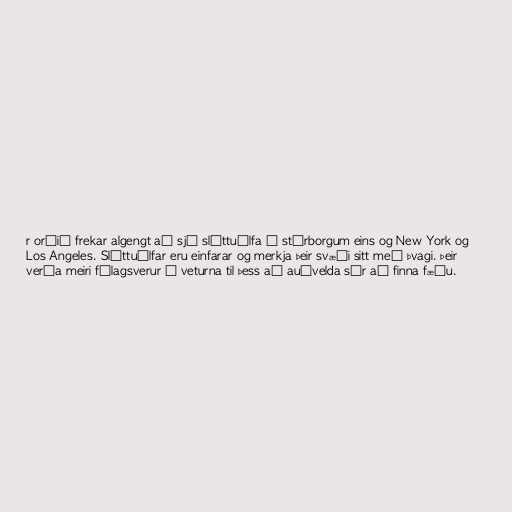
r orðið frekar algengt að sjá sléttuúlfa í stórborgum eins og New York og
Los Angeles. Sléttuúlfar eru einfarar og merkja þeir svæði sitt með þvagi. Þeir
verða meiri félagsverur á veturna til þess að auðvelda sér að finna fæðu.